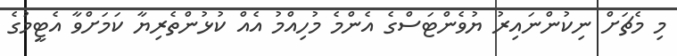
މި މެޗަށް ނިކުންނައިރު ޔުވެންޓަސްގެ އެންމެ މުހިއްމު އެއް ކުޅުންތެރިޔާ ކަމަށްވާ އެޓީމުގެ